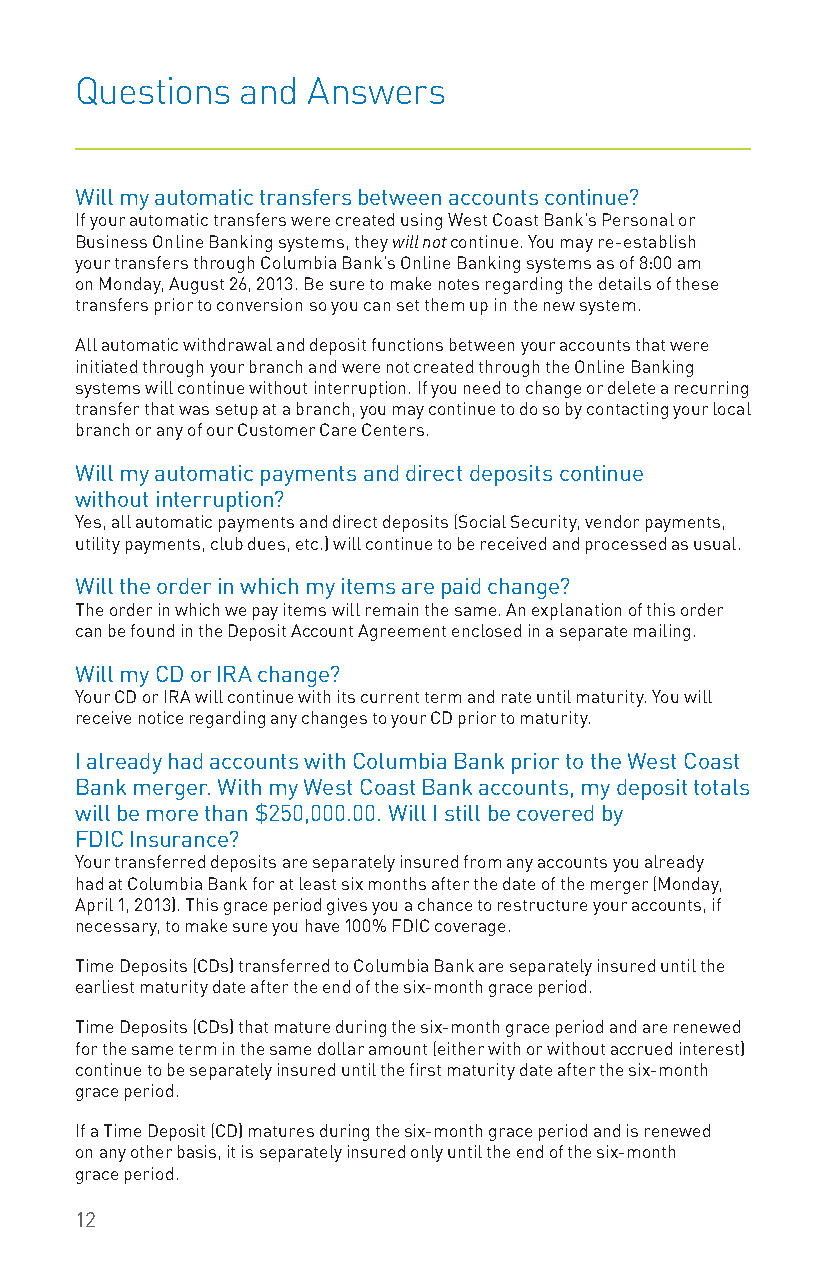
Questions  and Answers
 Will my automatic transfers between accounts continue?
 If your automatic transfers were created using West Coast Bank’s Personal or
 Business Online Banking systems, they will not continue. You may re-establish
 your transfers through Columbia Bank’s Online Banking systems as of 8:00 am
 on Monday, August 26, 2013. Be sure to make notes regarding the details of these
 transfers prior to conversion so you can set them up in the new system.
 All automatic withdrawal and deposit functions between your accounts that were
 initiated through your branch and were not created through the Online Banking
 systems will continue without interruption. If you need to change or delete a recurring
 transfer that was setup at a branch, you may continue to do so by contacting your local
 branch or any of our Customer Care Centers.
 Will my automatic payments and direct deposits continue
 without interruption?
 Yes, all automatic payments and direct deposits (Social Security, vendor payments,
 utility payments, club dues, etc.) will continue to be received and processed as usual.
 Will the order in which my items are paid change?
 The order in which we pay items will remain the same. An explanation of this order
 can be found in the Deposit Account Agreement enclosed in a separate mailing.
 Will my CD or IRA change?
 Your CD or IRA will continue with its current term and rate until maturity. You will
 receive notice regarding any changes to your CD prior to maturity.
 I already had accounts with Columbia Bank prior to the West Coast
 Bank merger. With my West Coast Bank accounts, my deposit totals
 will be more than $250,000.00. Will I still be covered by
 FDIC Insurance?
 Your transferred deposits are separately insured from any accounts you already
 had at Columbia Bank for at least six months after the date of the merger (Monday,
 April 1, 2013). This grace period gives you a chance to restructure your accounts, if
 necessary, to make sure you have 100% FDIC coverage.
 Time Deposits (CDs) transferred to Columbia Bank are separately insured until the
 earliest maturity date after the end of the six-month grace period.
 Time Deposits (CDs) that mature during the six-month grace period and are renewed
 for the same term in the same dollar amount (either with or without accrued interest)
 continue to be separately insured until the first maturity date after the six-month
 grace period.
 If a Time Deposit (CD) matures during the six-month grace period and is renewed
 on any other basis, it is separately insured only until the end of the six-month
 grace period.
 12